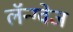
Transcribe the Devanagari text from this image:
लॅन्ग्वेज